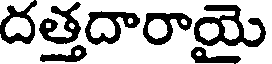
దత్తదారాయై